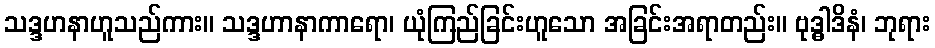
သဒ္ဒဟနာဟူသည်ကား။ သဒ္ဒဟာနာကာရော၊ ယုံကြည်ခြင်းဟူသော အခြင်းအရာတည်း။ ဗုဒ္ဓါဒိနံ၊ ဘုရား